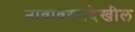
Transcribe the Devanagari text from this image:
नावावरुनदेखील